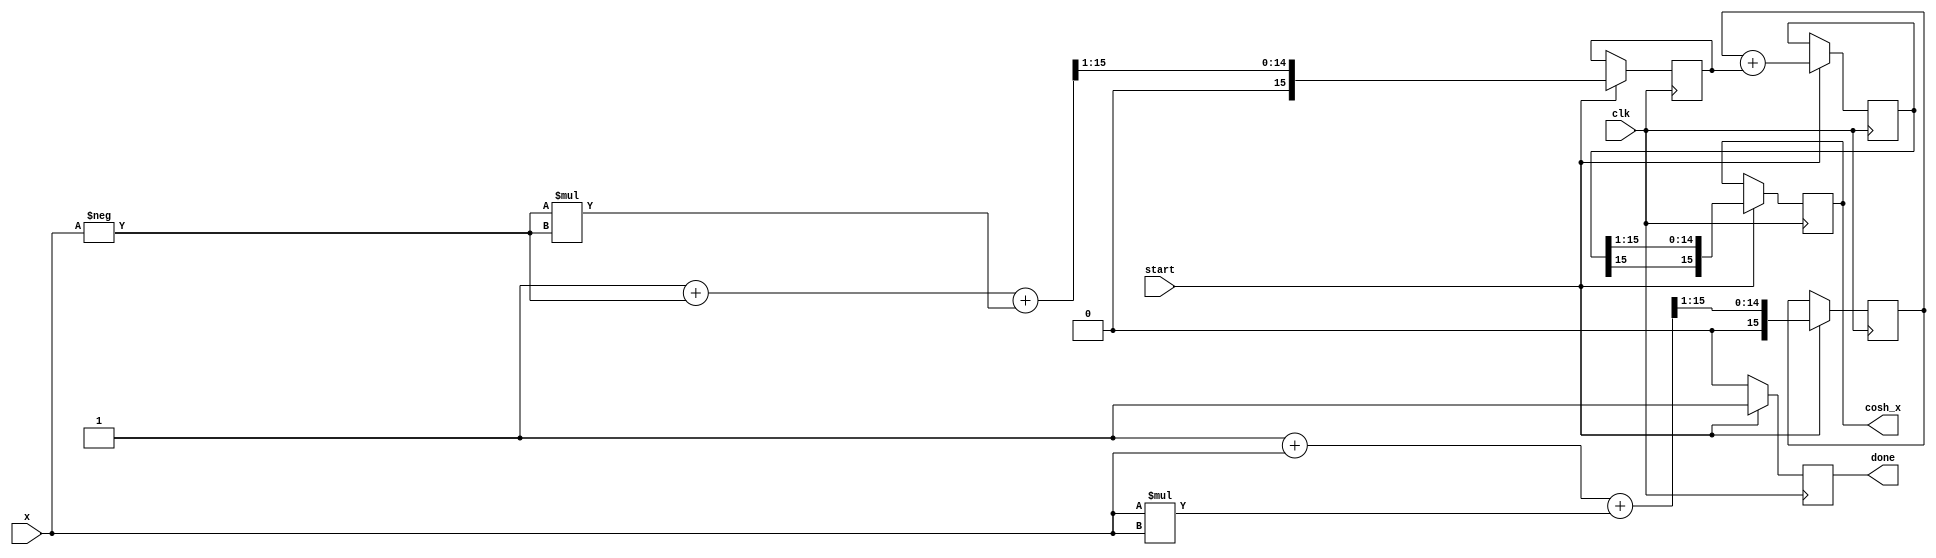
module hyperbolic_cosh(
    input wire signed [15:0] x,        // Input: signed fixed-point representation of x
    output reg signed [15:0] cosh_x,    // Output: signed fixed-point representation of cosh(x)
    input wire clk,
    input wire start,
    output reg done
);
    reg signed [15:0] exp_x;             // Exponential of x
    reg signed [15:0] exp_neg_x;         // Exponential of -x
    reg signed [15:0] sum;                // sum of exp_x and exp_neg_x

    // Simple exponential approximation for the sake of this example
    function signed [15:0] exp_approx(input signed [15:0] input_x);
        // This is a simple approximation; a real implementation should
        // utilize Taylor series, CORDIC, or other methods for better accuracy 
        begin
            // For simplicity, we implement e^x  1 + x + x^2/2!
            exp_approx = (16'h0001 + input_x + (input_x * input_x) >>> 1);
        end
    endfunction

    always @(posedge clk) begin
        if (start) begin
            // Compute e^x and e^-x
            exp_x <= exp_approx(x);
            exp_neg_x <= exp_approx(-x);

            // Compute sum
            sum <= exp_x + exp_neg_x;

            // Compute cosh(x) = (e^x + e^-x) / 2
            cosh_x <= sum >>> 1; // Right shift by 1 is equivalent to division by 2

            // Indicate the process is done
            done <= 1'b1;
        end else begin
            done <= 1'b0;
        end
    end

endmodule